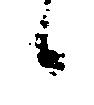
候